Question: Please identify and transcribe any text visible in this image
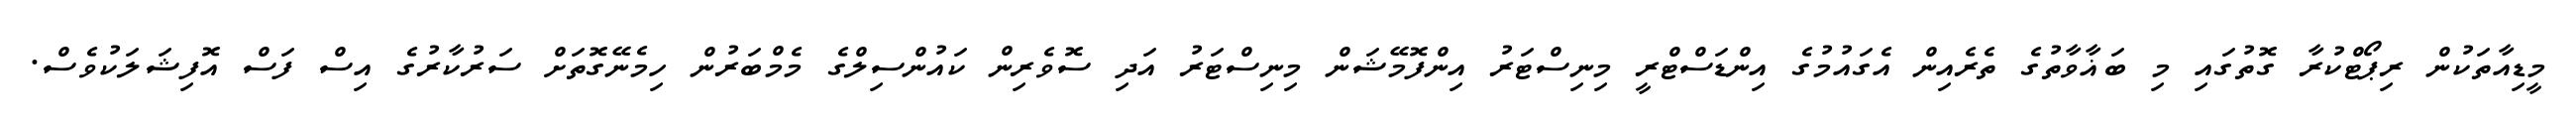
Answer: މީޑިއާތަކުން ރިޕޯޓްކުރާ ގޮތުގައި މި ބަޣާވާތުގެ ތެރެއިން އެގައުމުގެ އިންޑަސްޓްރީ މިނިސްޓަރު އިންފޮމޭޝަން މިނިސްޓަރު އަދި ސޮވެރިން ކައުންސިލްގެ މެމްބަރުން ހިމެނޭގޮތަށް ސަރުކާރުގެ އިސް ފަސް އޮފިޝަލަކުވެސް.